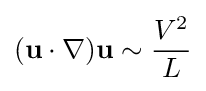
(\mathbf {u} \cdot \nabla )\mathbf {u} \sim {\frac {V^{2}}{L}}